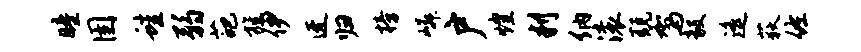
瞳圉蛙弱葩旌伊迓归榜嶙户煌判纳滚兢驾毅遥荻佐